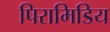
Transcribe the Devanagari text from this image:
पिरामिडिय